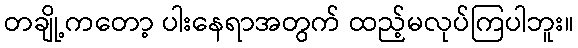
တချို့ကတော့ ပါးနေရာအတွက် ထည့်မလုပ်ကြပါဘူး။